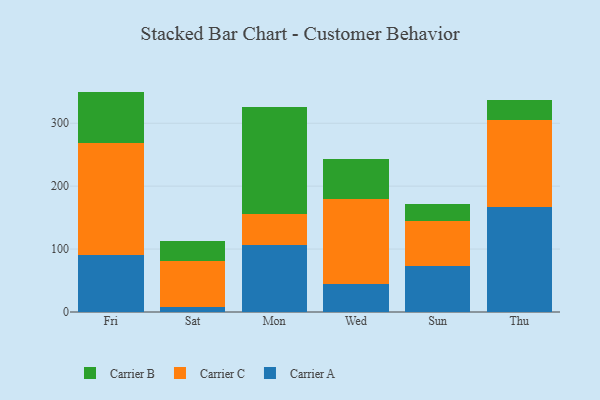
{"axis": {"x": "Day", "y": "Conversion Rate (%)"}, "legend": ["Carrier A", "Carrier B", "Carrier C"], "data": [{"x": "Fri", "y": 90.7, "type": "Carrier A"}, {"x": "Fri", "y": 177.9, "type": "Carrier C"}, {"x": "Fri", "y": 81.7, "type": "Carrier B"}, {"x": "Sat", "y": 7.7, "type": "Carrier A"}, {"x": "Sat", "y": 73.1, "type": "Carrier C"}, {"x": "Sat", "y": 32.3, "type": "Carrier B"}, {"x": "Mon", "y": 106.8, "type": "Carrier A"}, {"x": "Mon", "y": 49.1, "type": "Carrier C"}, {"x": "Mon", "y": 170.3, "type": "Carrier B"}, {"x": "Wed", "y": 44.4, "type": "Carrier A"}, {"x": "Wed", "y": 135.2, "type": "Carrier C"}, {"x": "Wed", "y": 63.4, "type": "Carrier B"}, {"x": "Sun", "y": 73.8, "type": "Carrier A"}, {"x": "Sun", "y": 70.9, "type": "Carrier C"}, {"x": "Sun", "y": 27.6, "type": "Carrier B"}, {"x": "Thu", "y": 167.5, "type": "Carrier A"}, {"x": "Thu", "y": 138.1, "type": "Carrier C"}, {"x": "Thu", "y": 31.4, "type": "Carrier B"}]}